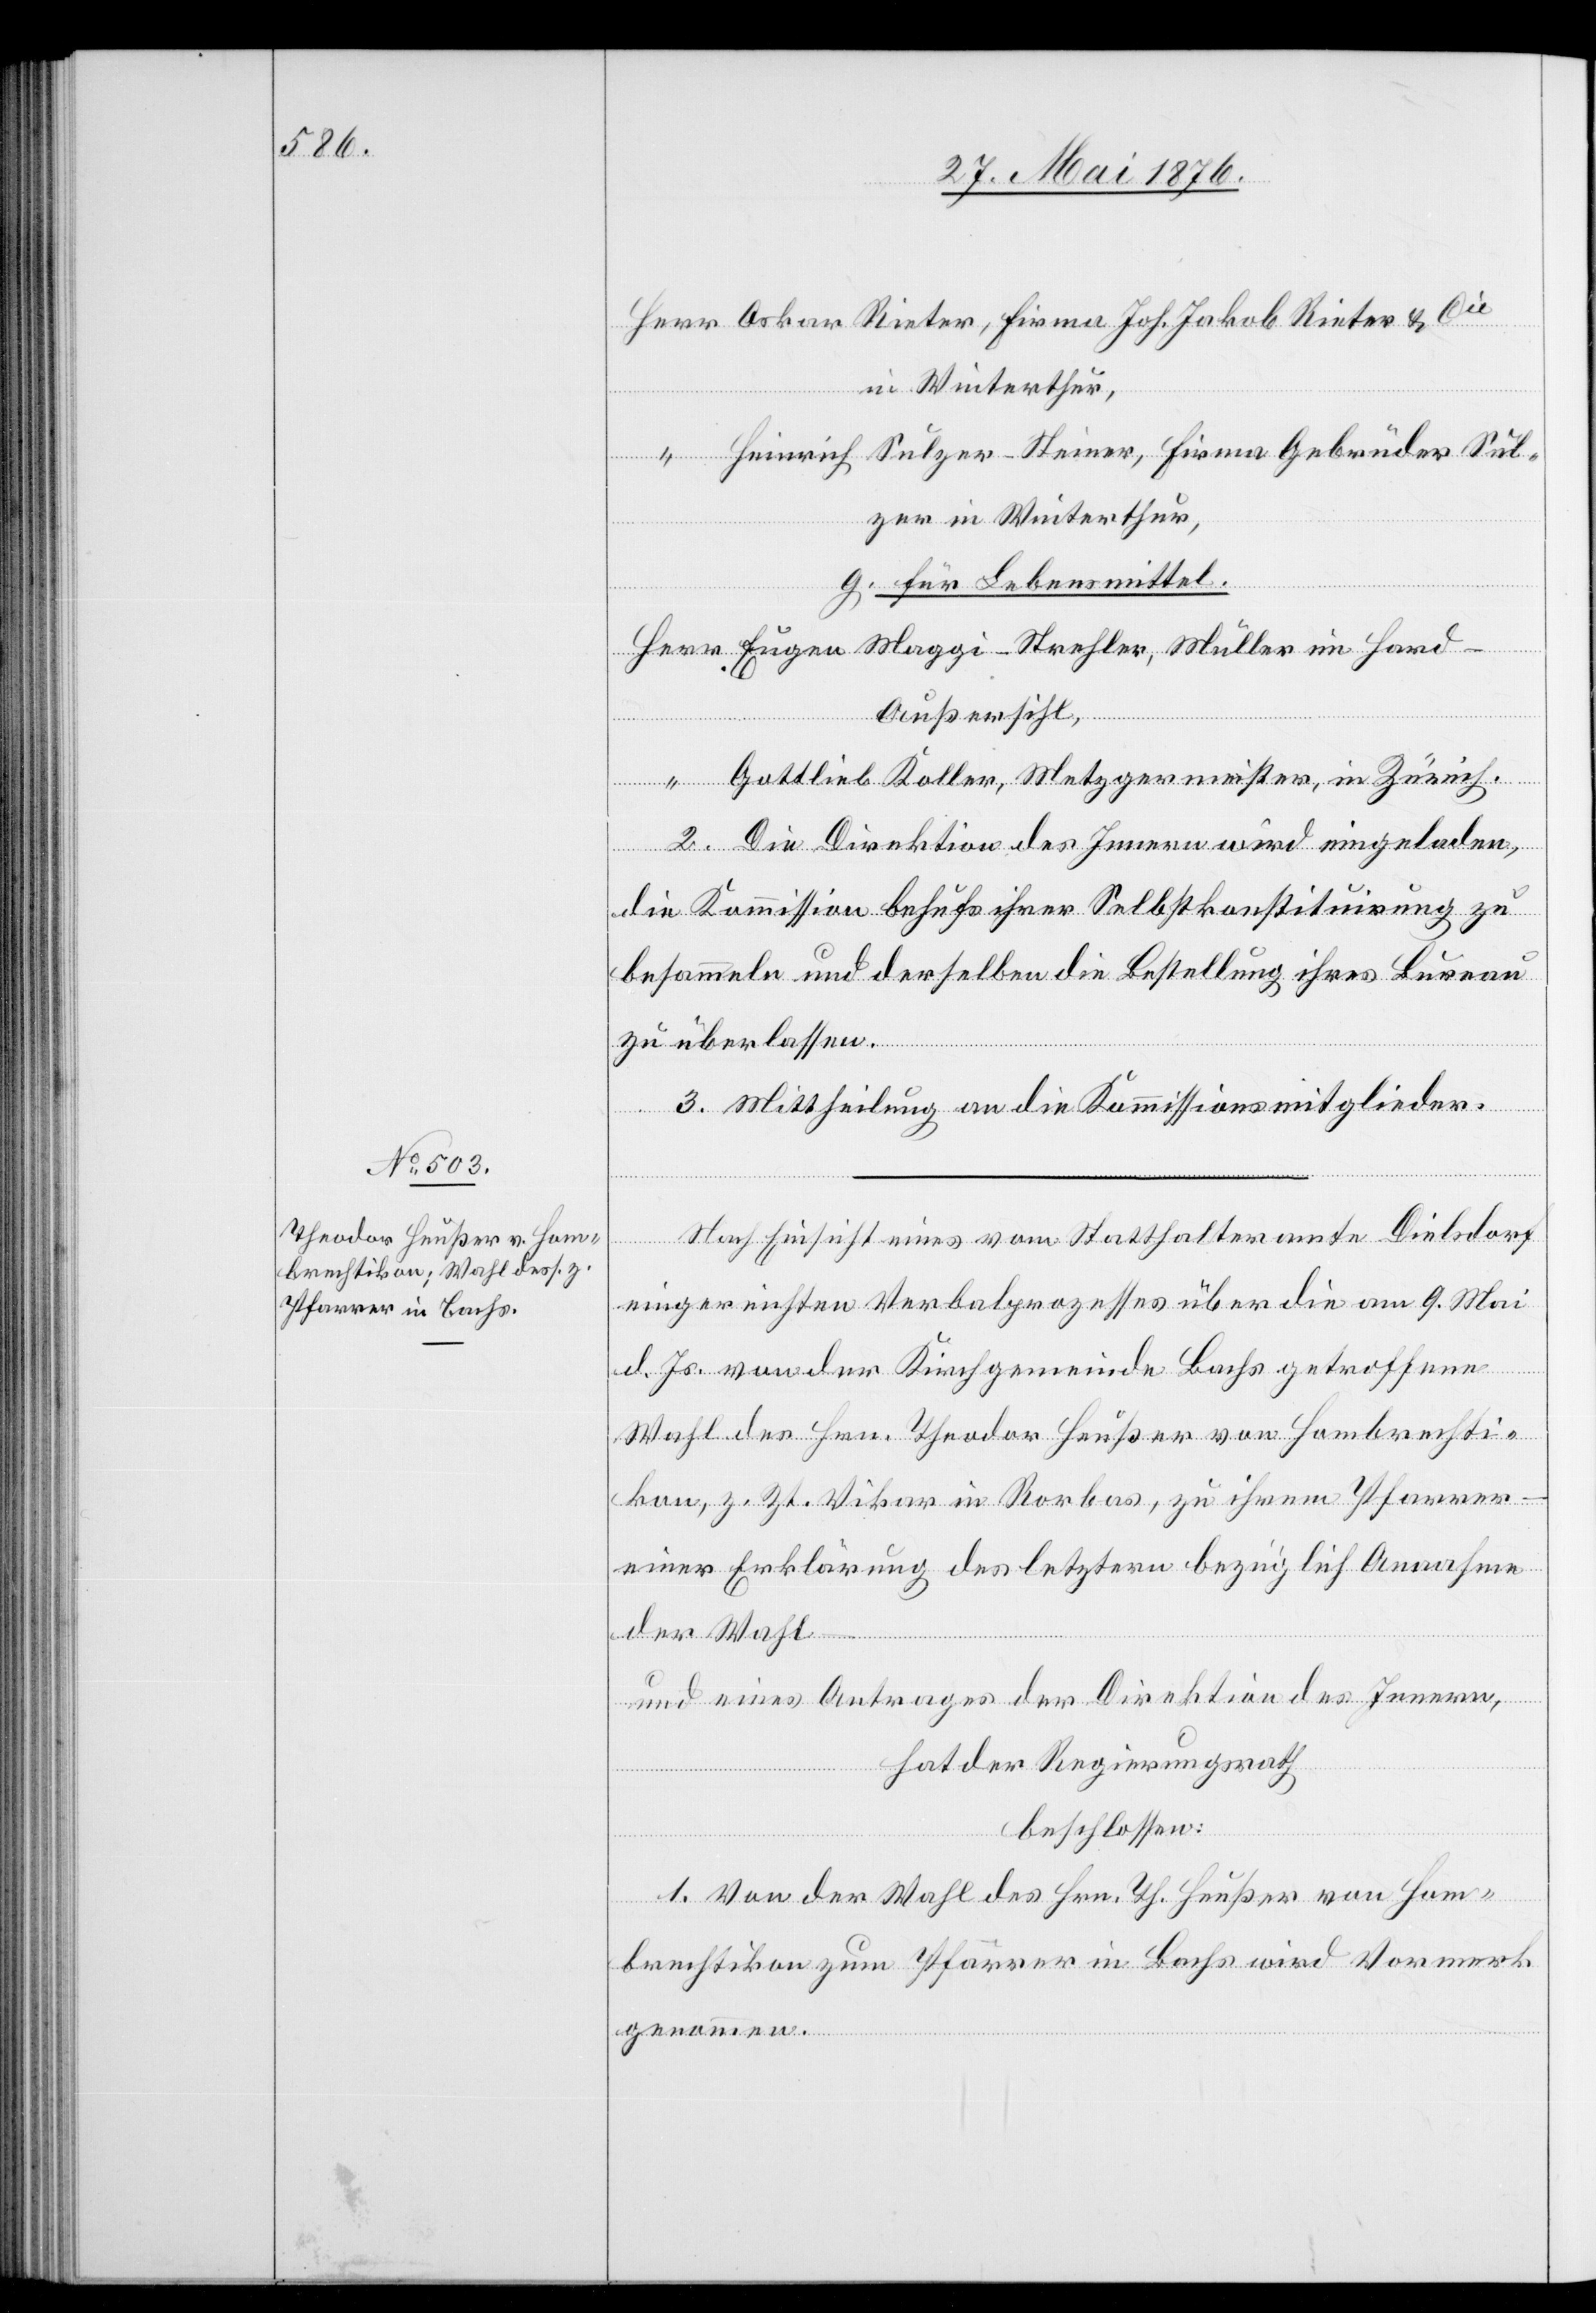
Hard
Winterthur,
“
g. für Lebensmittel.
Außersihl,
2. Die Direktion des Innern wird eingeladen,
die Kommission behufs ihrer Selbstkonstituirung zu
besammeln und derselben die Bestellung ihres Bureau
in
zu überlassen.
3. Mittheilung an die Kommissionsmitglieder.
ster,
Mit Einsicht eines vom Statthalteramte Dielsdorf
eingereichten Verbalprozesses über die am 9. Mai
d. Js. von der Kirchgemeinde Bachs getroffene
Wahl des Hrn. Theodor Heußer von Hombrechti¬
kon, z. Zt. Vikar in Rorbas, zu ihrem Pfarrer
einer Erklärung des letztern bezüglich Annahme
der Wahl –
und eines Antrages der Direktion des Innern,
hat der Regierungsrath
beschlossen:
Eugen
1. Von der Wahl des Hrn. Th. Heußer von Hom¬
brechtikon zum Pfarrer in Bachs wird Vormerk
genommen.